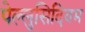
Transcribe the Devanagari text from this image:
पेल्लुसिदियम